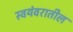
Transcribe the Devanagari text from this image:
स्वयंवरातील